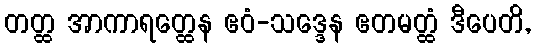
တတ္ထ အာကာရတ္ထေန ဧဝံ-သဒ္ဒေန ဧတမတ္ထံ ဒီပေတိ,